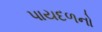
પાયદળનો